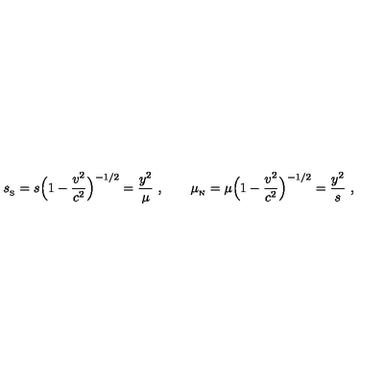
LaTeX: { s _ { _ \mathrm { S } } } = s \Big ( 1 - { \frac { { v } ^ { 2 } } { c ^ { 2 } } } \Big ) ^ { - 1 / 2 } = { \frac { y ^ { 2 } } { \mu } } \ , \qquad { \mu _ { _ \mathrm { N } } } = \mu \Big ( 1 - { \frac { { v } ^ { 2 } } { c ^ { 2 } } } \Big ) ^ { - 1 / 2 } = { \frac { y ^ { 2 } } { s } } \ ,